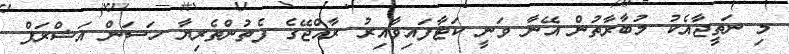
މި ނަތީޖާއެކު މުބާރާތުން އޭނާ ވަނީ ކަޓާފައިވާއިރު ރާއްޖޭގެ ފެތުންތެރިޔާ ހަސަން އަޝްރަފް